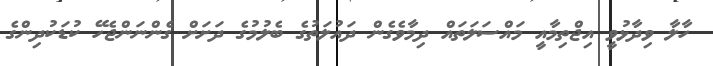
ހާލާ ވިދާޅުވީ އިޖްތިމާއީ މައްސަލަތައް ދިމާވެގެން ދައުލަތުގެ ބެލުމުގެ ދަށަށް ގެންނަންޖެހޭ ކުޑަކުދިންގެ